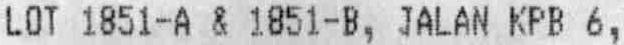
LOT 1851-A & 1851-B, JALAN KPB 6,